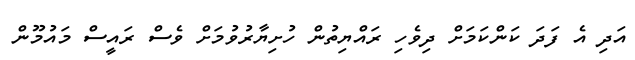
އަދި އެ ފަދަ ކަންކަމަށް ދިވެހި ރައްޔިތުން ހުށިޔާރުވުމަށް ވެސް ރައީސް މައުމޫން